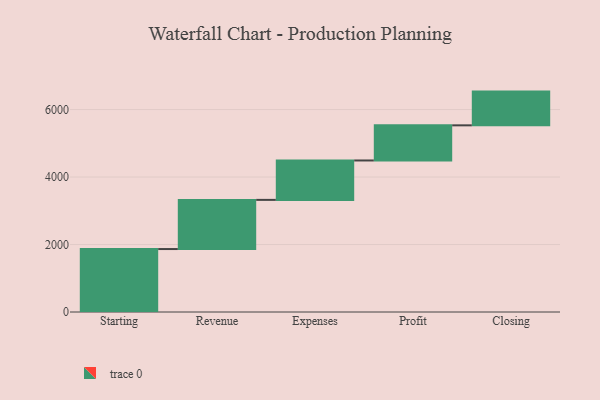
{"axis": {"x": "Step", "y": "Value"}, "legend": [""], "data": [{"x": "Starting", "y": 1866.0, "type": ""}, {"x": "Revenue", "y": 1457.0, "type": ""}, {"x": "Expenses", "y": 1168.0, "type": ""}, {"x": "Profit", "y": 1041.0, "type": ""}, {"x": "Closing", "y": 1000, "type": ""}]}